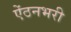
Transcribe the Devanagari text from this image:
ऐंठनभरी